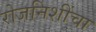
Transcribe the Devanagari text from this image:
रोजनिशींचा